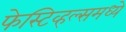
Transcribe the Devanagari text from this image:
फेस्टिव्हल्समध्ये